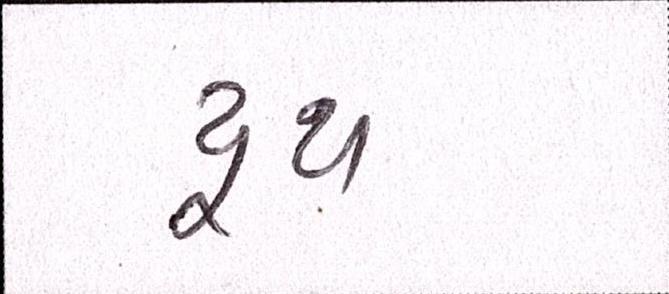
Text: યૂથ